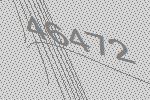
46472